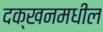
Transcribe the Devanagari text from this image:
दक्खनमधील